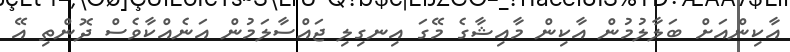
އާކިންއަށް ބަލާލުމުން އާކިން މާއިޝާގެ މޭގަ އިނގިލި ޖައްސާލަމުން އަނެއްކާވެސް ދޮންތި އޭ